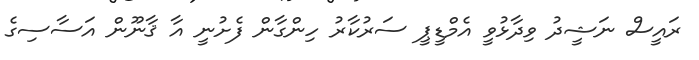
ރައީސް ނަޝީދު ވިދާޅުވީ އެމްޑީޕީ ސަރުކާރު ހިންގާން ފެށުނީ އާ ޤާނޫން އަސާސިގެ